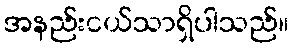
အနည်းငယ်သာရှိပါသည်။